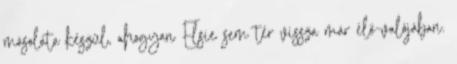
másolata készül, ahogyan Elsie sem tér vissza már élő-valójában.